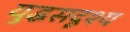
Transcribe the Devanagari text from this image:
युद्धसदृश्य